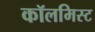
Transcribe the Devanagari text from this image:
कॉलमिस्ट